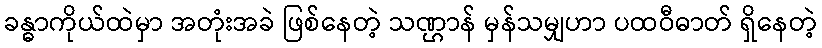
ခန္ဓာကိုယ်ထဲမှာ အတုံးအခဲ ဖြစ်နေတဲ့ သဏ္ဌာန် မှန်သမျှဟာ ပထဝီဓာတ် ရှိနေတဲ့